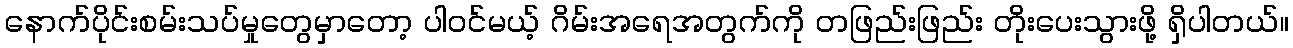
နောက်ပိုင်းစမ်းသပ်မှုတွေမှာတော့ ပါဝင်မယ့် ဂိမ်းအရေအတွက်ကို တဖြည်းဖြည်း တိုးပေးသွားဖို့ ရှိပါတယ်။